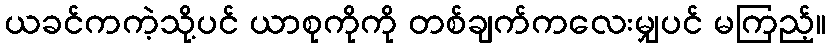
ယခင်ကကဲ့သို့ပင် ယာစုကိုကို တစ်ချက်ကလေးမျှပင် မကြည့်။